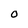
Character: O